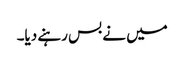
میں نے بس رہنے دیا۔